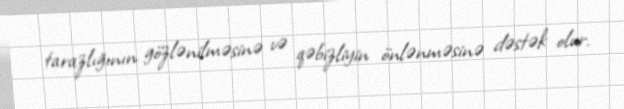
tarazlığının gözlənilməsinə və qəbizliyin önlənməsinə dəstək olur.